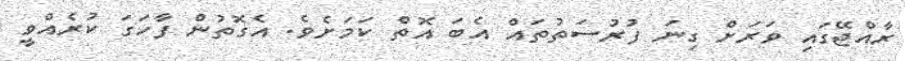
ރާއްޖޭގައި ވަރަށް ގިނަ ފުރުސަތުތައް އެބަ އޮތް ކަމަށެވެ. އެގޮތުން ފާހަގަ ކުރެއްވީ